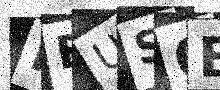
Text: FEUS6E